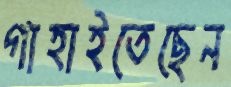
গাহাইতেছেন